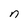
Character: n